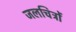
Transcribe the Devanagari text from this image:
जलचित्रों